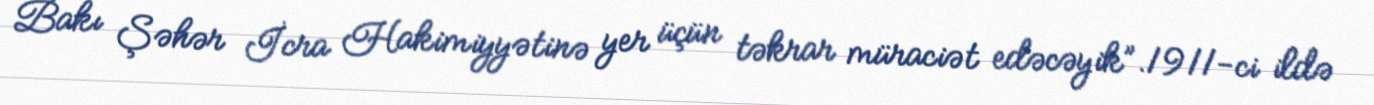
Bakı Şəhər İcra Hakimiyyətinə yer üçün təkrar müraciət edəcəyik”.1911-ci ildə